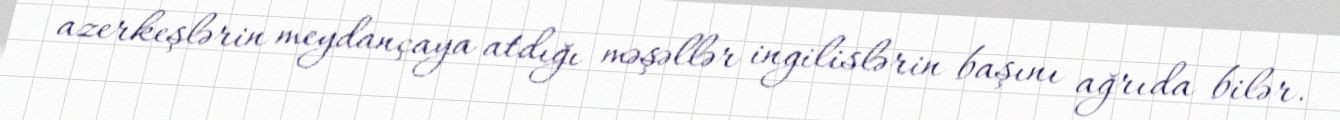
azerkeşlərin meydançaya atdığı məşəllər ingilislərin başını ağrıda bilər.